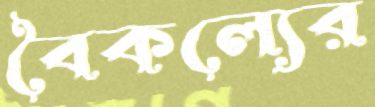
বৈকল্যের